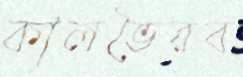
কালভৈরব